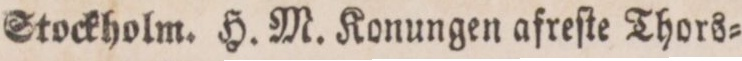
Stockholm. H. M. Konungen afreſte Thors=